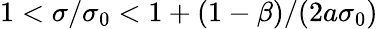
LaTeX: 1<\sigma/\sigma_{0}<1+(1-\beta)/(2a\sigma_{0})